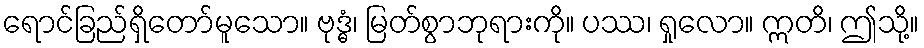
ရောင်ခြည်ရှိတော်မူသော။ ဗုဒ္ဓံ၊ မြတ်စွာဘုရားကို။ ပဿ၊ ရှုလော။ ဣတိ၊ ဤသို့။